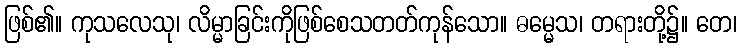
ဖြစ်၏။ ကုသလေသု၊ လိမ္မာခြင်းကိုဖြစ်စေသတတ်ကုန်သော။ ဓမ္မေသ၊ တရားတို့၌။ တေ၊